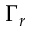
\Gamma _ { r }